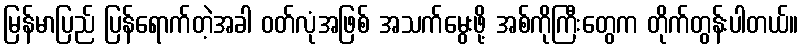
မြန်မာပြည် ပြန်ရောက်တဲ့အခါ ဝတ်လုံအဖြစ် အသက်မွေးဖို့ အစ်ကိုကြီးတွေက တိုက်တွန်းပါတယ်။